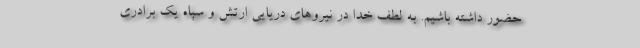
حضور داشته باشیم. به لطف خدا در نیروهای دریایی ارتش و سپاه یک برادری